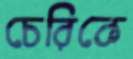
চেরিকে